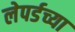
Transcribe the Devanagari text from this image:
लेपर्डच्या